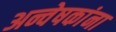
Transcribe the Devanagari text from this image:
अन्वेषकांना